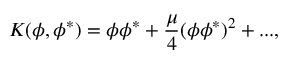
K ( \phi , \phi ^ { * } ) = \phi \phi ^ { * } + \frac { \mu } { 4 } ( \phi \phi ^ { * } ) ^ { 2 } + . . . ,